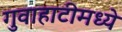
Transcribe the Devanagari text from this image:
गुवाहाटीमध्ये